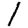
Digit: 1